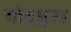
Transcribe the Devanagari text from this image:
गोइज़ुटा